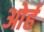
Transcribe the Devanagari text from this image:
ओर्ह